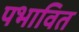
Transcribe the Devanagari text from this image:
पभावित